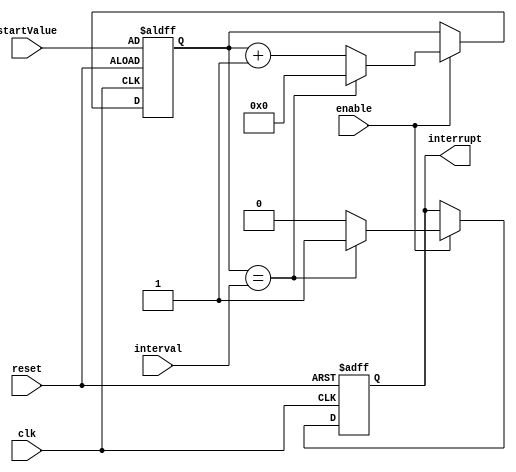
module IntervalTimer (
    input wire clk,
    input wire reset,
    input wire enable,
    input wire [15:0] interval,
    input wire [15:0] startValue,
    output reg interrupt
);

reg [15:0] count;

always @(posedge clk or posedge reset) begin
    if (reset) begin
        count <= startValue;
        interrupt <= 0;
    end else if (enable) begin
        if (count == interval) begin
            count <= 0;
            interrupt <= 1;
        end else begin
            count <= count + 1;
            interrupt <= 0;
        end
    end
end

endmodule